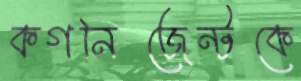
কগনিজেন্টকে